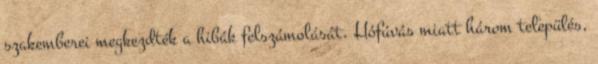
szakemberei megkezdték a hibák felszámolását. Hófúvás miatt három település,